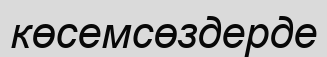
көсемсөздерде